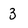
Character: 3